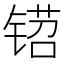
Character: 𬭡